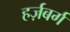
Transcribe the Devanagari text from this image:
हर्ज़बर्ग